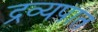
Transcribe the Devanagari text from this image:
द्रव्यपात